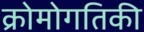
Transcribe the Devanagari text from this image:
क्रोमोगतिकी